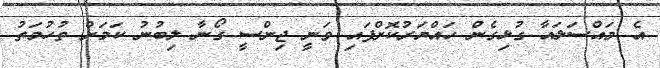
އެ މައްސަލައާ ގުޅިގެން ހައްޔަރުކޮށްފައި ވަނީ ޖިންސީ ގޯނާ ލިބުނު ކަމަށް ތުހުމަތު